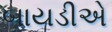
બાયડીએ